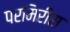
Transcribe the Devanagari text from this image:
परमिरीस